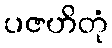
ပဇဟိတုံ